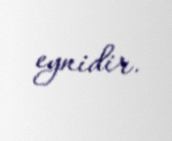
eynidir.